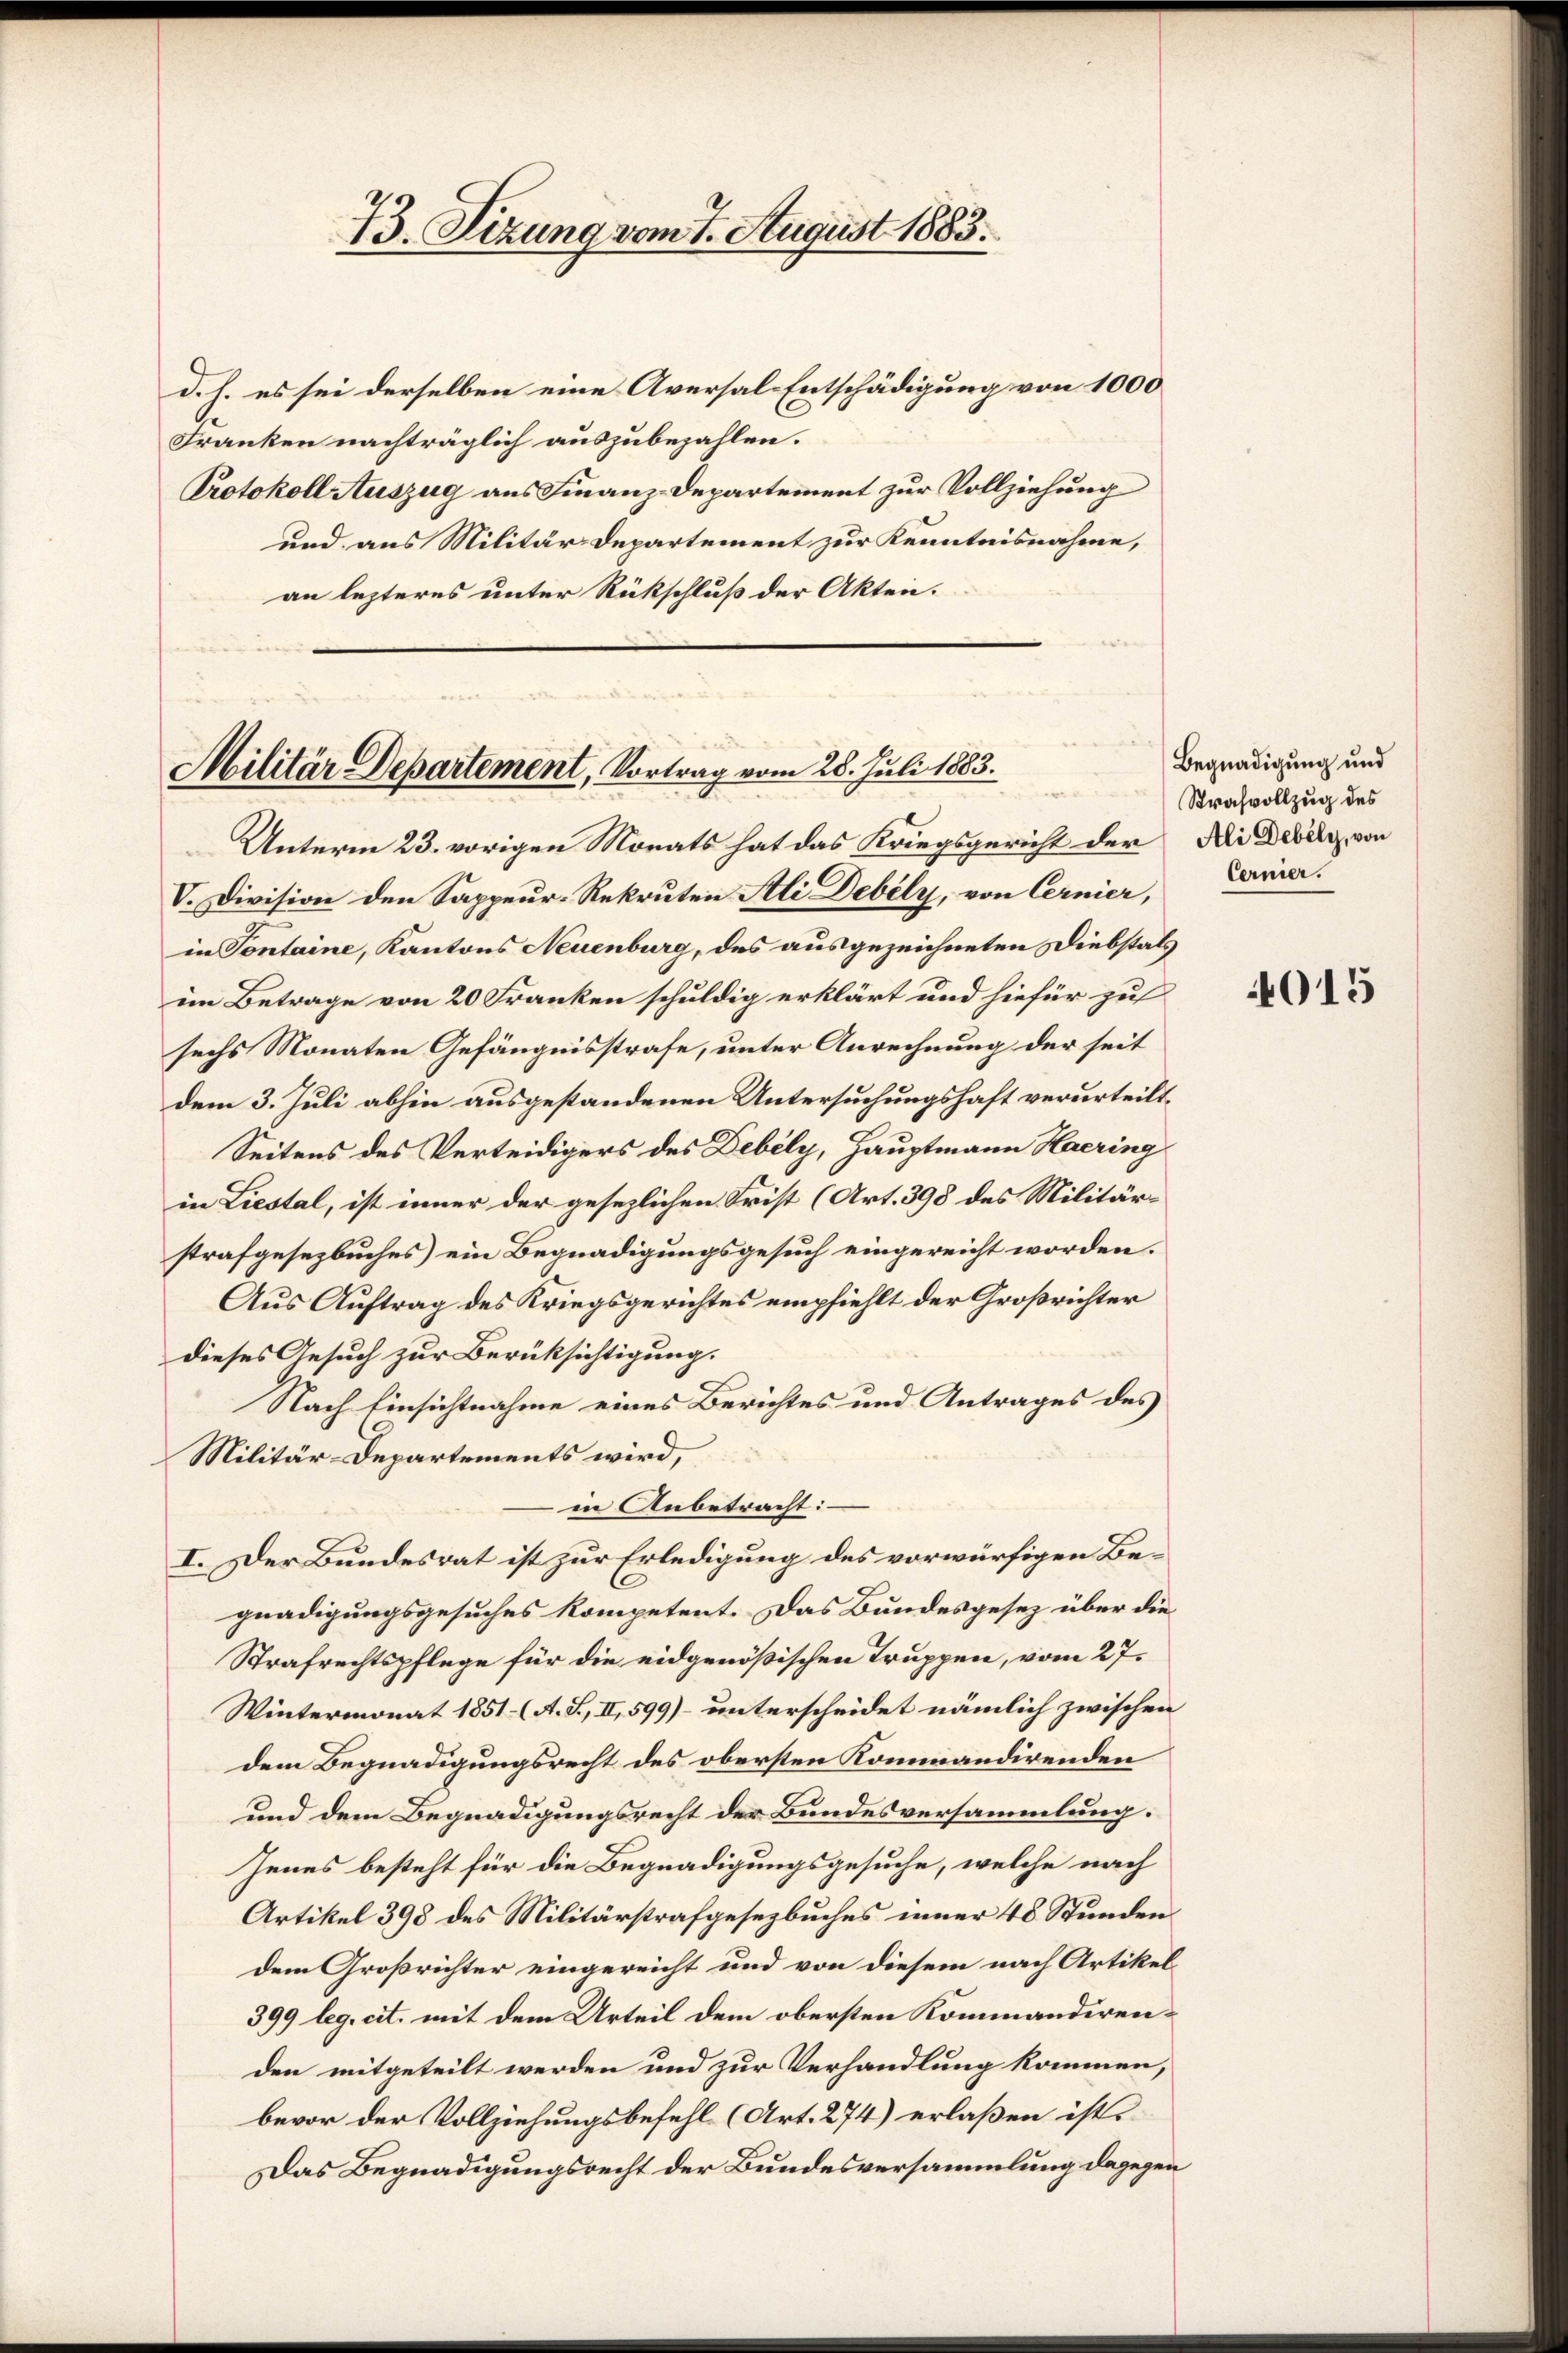
73. Sizung vom 7. August 1883.

d. h. es sei derselben eine Aversal Entschädigung von 1000
Franken nachträglich auszubezahlen.
Protokoll Auszug aus Finanz-Departement zur Vollziehung
und aus Militär-Departement zur Kenntnisnahme,
an lezteres unter Rückschluß der Akten.

Militär Departement, Vortrag vom 28. Juli 1883.
Unterm 23. vorigen Morats hat das Kriegsgericht der Ai Debiti, von

V. Division den Sappeur-Rekruten Ali Debely, von Cernier, Caria.
in Sontaine, Kantons Neuenburg, des ausgezeichneten Diebstals
im Betrage von 20 Franken schuldig erklärt und hiefür zu
sechs Monaten Gefängnisstrafe, unter Anrechnung der seit
dem 3. Juli abhin ausgestandenen Untersuchungshaft verurteilt,
Seitens des Verteidigers des Debély, Hauptmann Haering
in Liestal, ist inner der gesezlichen Frist (Art. 398 des Militärstrafgesezbuches ein Begnadigungsgesuch eingereicht worden.
Aus Auftrag des Kriegsgerichtes empfiehlt der Großrichter
dieses Gesuch zur Berüksichtigung.
Nach Einsichtnahme eines Berichtes und Antrages des
Militär-Departements wird,
in Anbetracht:
I. Der Bundesrat ist zur Erledigung des vorwürfigen Begnadigungsgesuches kompetent. Das Bundesgesez über die
Strafrechtspflege für die eidgenößischen Truppen, vom 27.
Wintermonat 1851 (A. T., II, 599) unterscheidet nämlich zwischen
dem Begnadigungsrecht des obersten Kommandirenden
und dem Begnadigungsrecht der Bundesversammlung.
Jenes besteht für die Begnadigungsgesuche, welche nach
Artikel 398 des Militärstrafgesezbuches inner 48 Stunden.
dem Großrichter eingereicht und von diesem nach Artikel¬
399 leg. cit. mit dem Urteil dem obersten Kommandirenden mitgeteilt werden und zur Verhandlung kommen,
bevor der Vollziehungsbefehl (Art. 274) erlaßen ist.
Das Begnadigungsrecht der Bundesversammlung dagegen

Begnadigung und
Strafvollzug des

4015